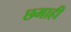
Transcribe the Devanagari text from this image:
छमाहीं